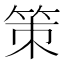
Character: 策